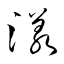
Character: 漾